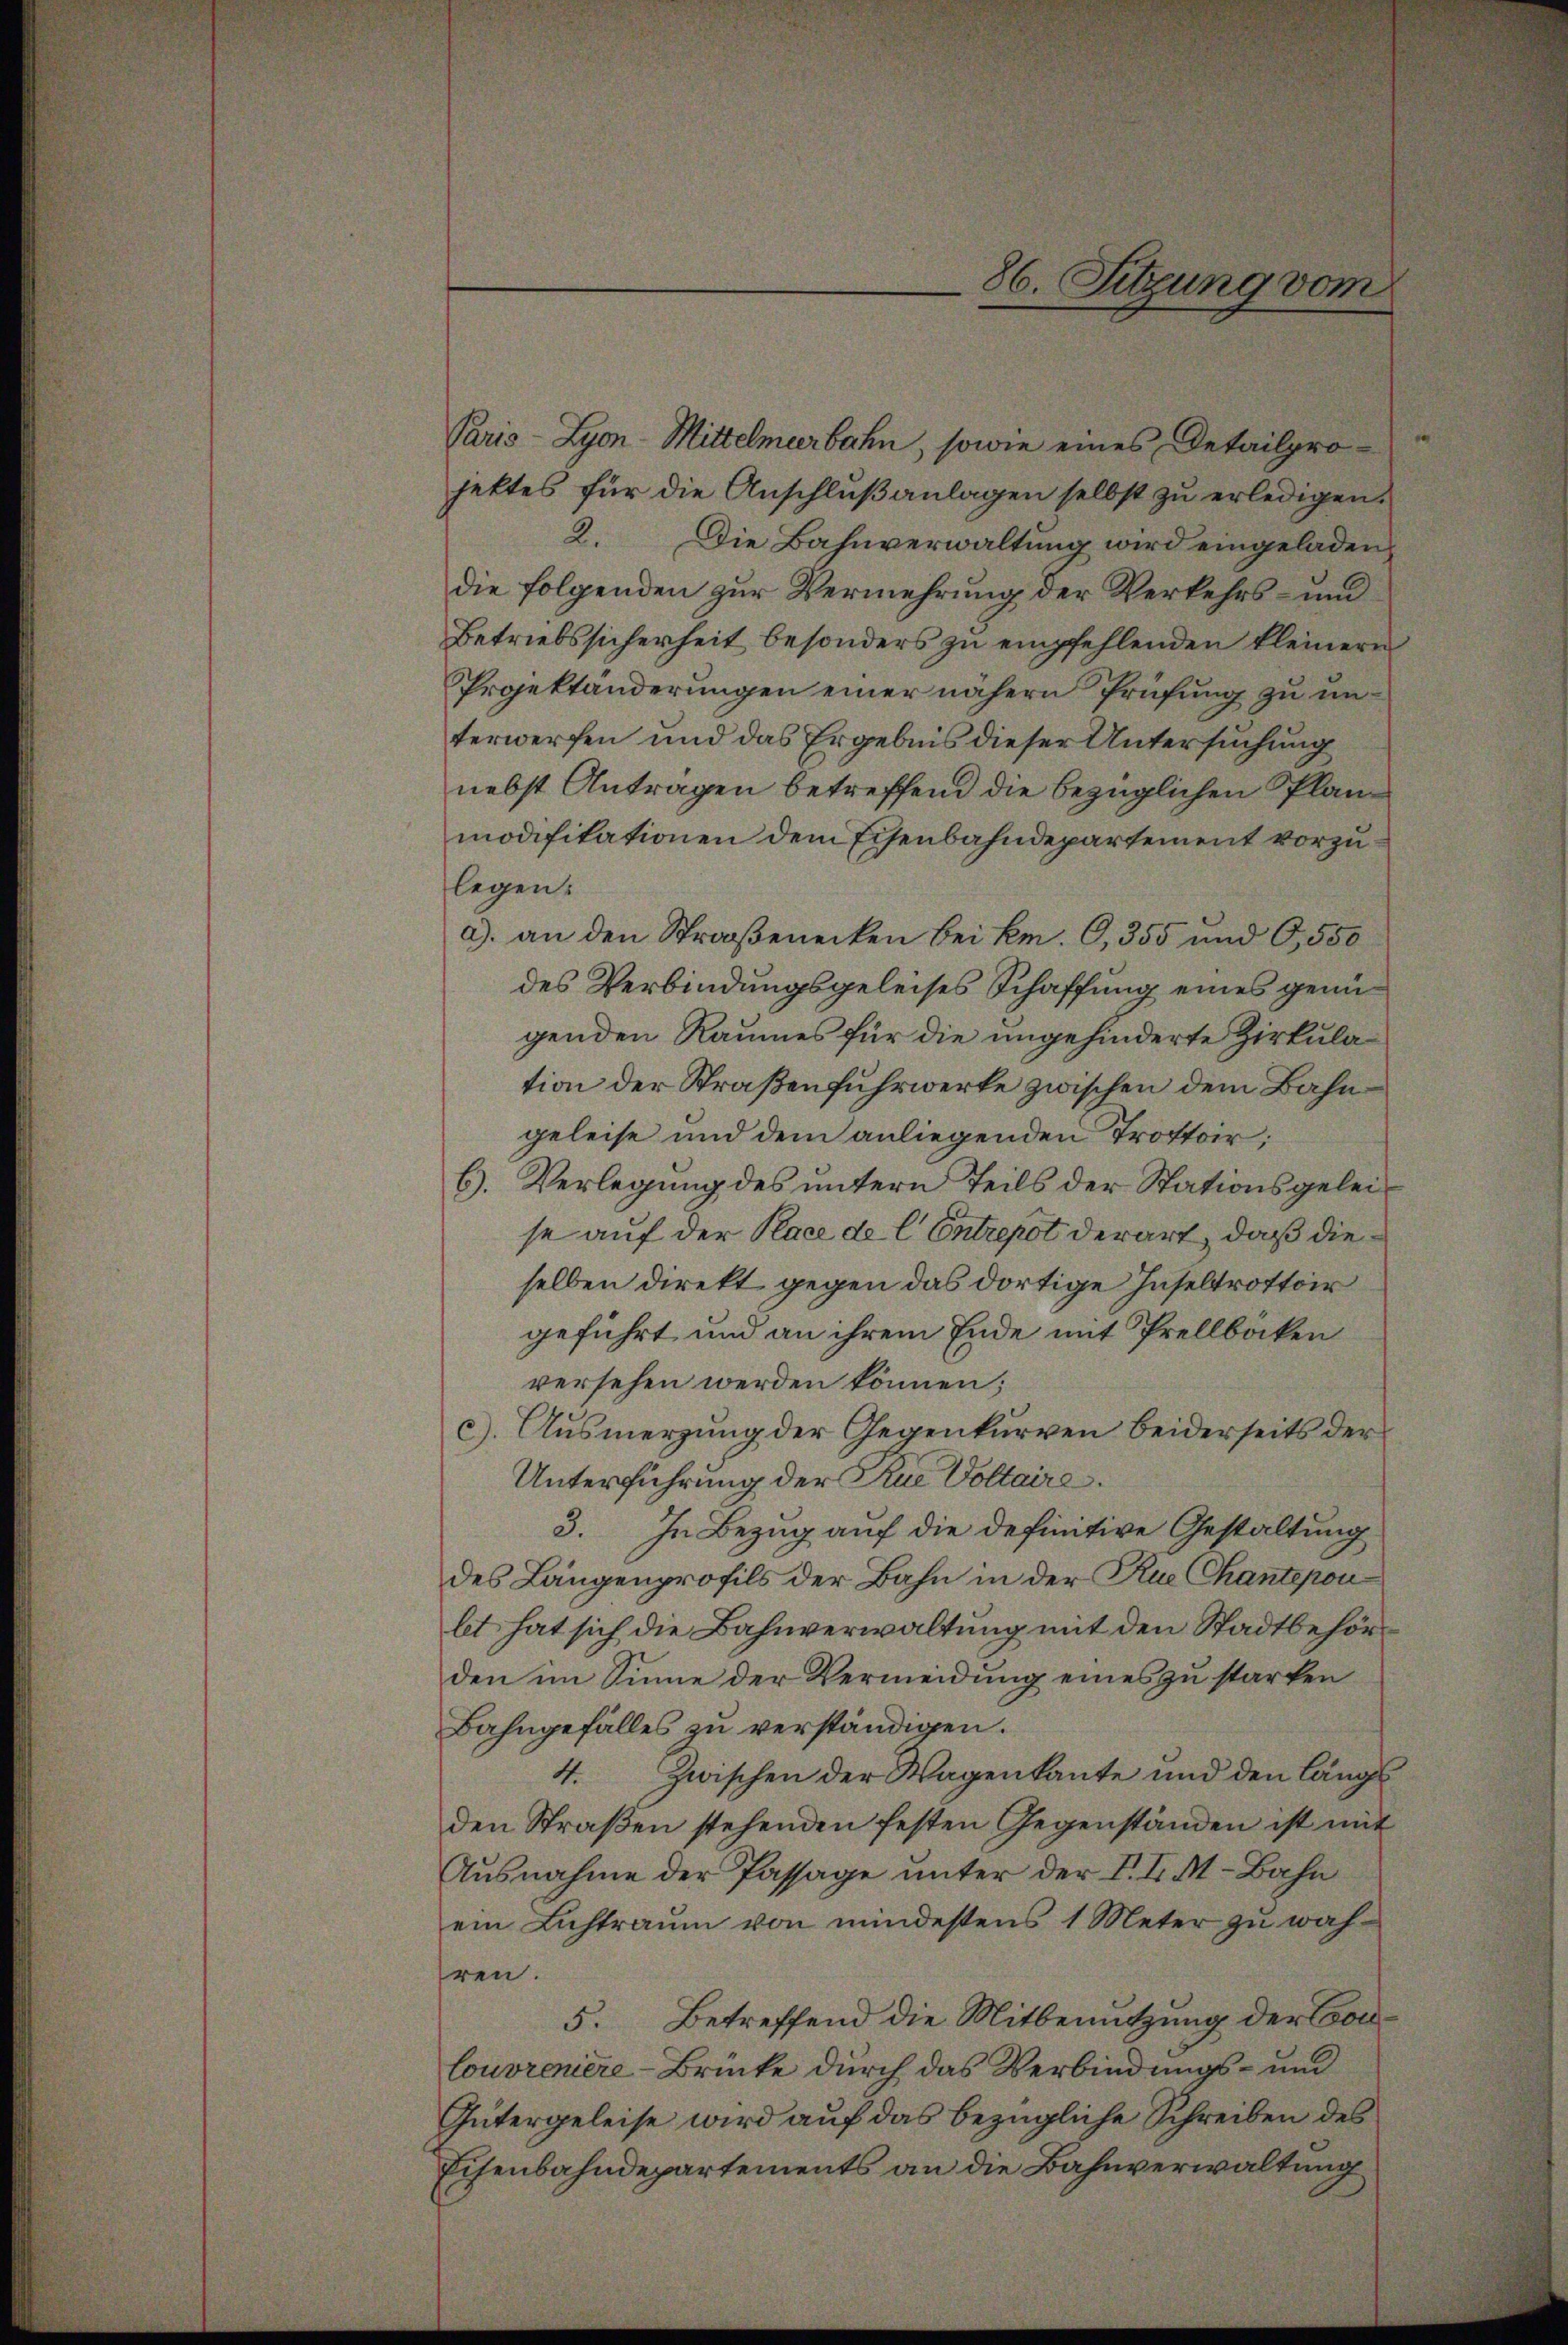
e
Paris - Lyon-Mittelmeerbahn, sowie eines Detailprojettes für die Anschlußanlagen selbst zu erledigen.
2. Die Bahnverwaltung wird eingeladen,
die folgenden zur Vermehrung der Verkehrs- und
Betriebssicherheit besonders zu empfehlenden kleinern
Projektänderungen einer nähern Prüfung zu unterwerfen und das Ergebnis dieser Untersuchung
nebst Antragen betreffend die bezüglichen Planmodifikationen dem Eisenbahndepartement vorzulegen:
a). an den Straßenecken bei kr. O, 355 und O,550
des Verbindungsgeleises Schaffung eines genügenden Raumes für die ungehinderte Zirkulation der Straßenfuhrwerke zwischen dem Bahngeleise und dem anliegenden Trottoir;
6). Verlegung des untern Teils der Stationsgeleise auf der Place de l. Entrepot derart, daß dieselben direkt gegen das dortige Inseltrottoir
geführt und an ihrem Ende mit Prellbocken
versehen werden können;
c). Ausmerzung der Gegenkurren beiderseits der
Unterführung der Rue Voltaire.
3. In Bezug auf die definitive Gestaltung
des Längenprofils der Bahn in der Rue Chantepon
let hat sich die Bahnverwaltung mit den Stadtbehörden im Sinne der Vermeidung eines zu starken
Bahngefälles zu verständigen.
4. Zwischen der Wagenkante und den längs
den Straβen stehenden festen Gegenständen ist mit
Ausnahme der Passage unter der V. I. M. Bahn
ein Lichtraum von mindestens 1 Meter zu währen.
Betreffend die Mitbenutzung der Con¬
5.
louvreniere-Brücke durch das Verbindungs- und
Gütergeleise wird auf das bezügliche Schreiben des
Eisenbahndepartements an die Bahnverwaltung

86. Sitzung vom